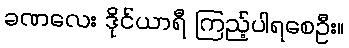
ခဏလေး ဒိုင်ယာရီ ကြည့်ပါရစေဦး။